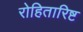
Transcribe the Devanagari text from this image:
रोहितारिष्ट